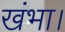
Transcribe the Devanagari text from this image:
खंभा।